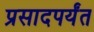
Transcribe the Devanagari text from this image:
प्रसादपर्यंत